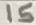
Text: 15